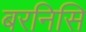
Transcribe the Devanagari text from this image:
बरनिसि